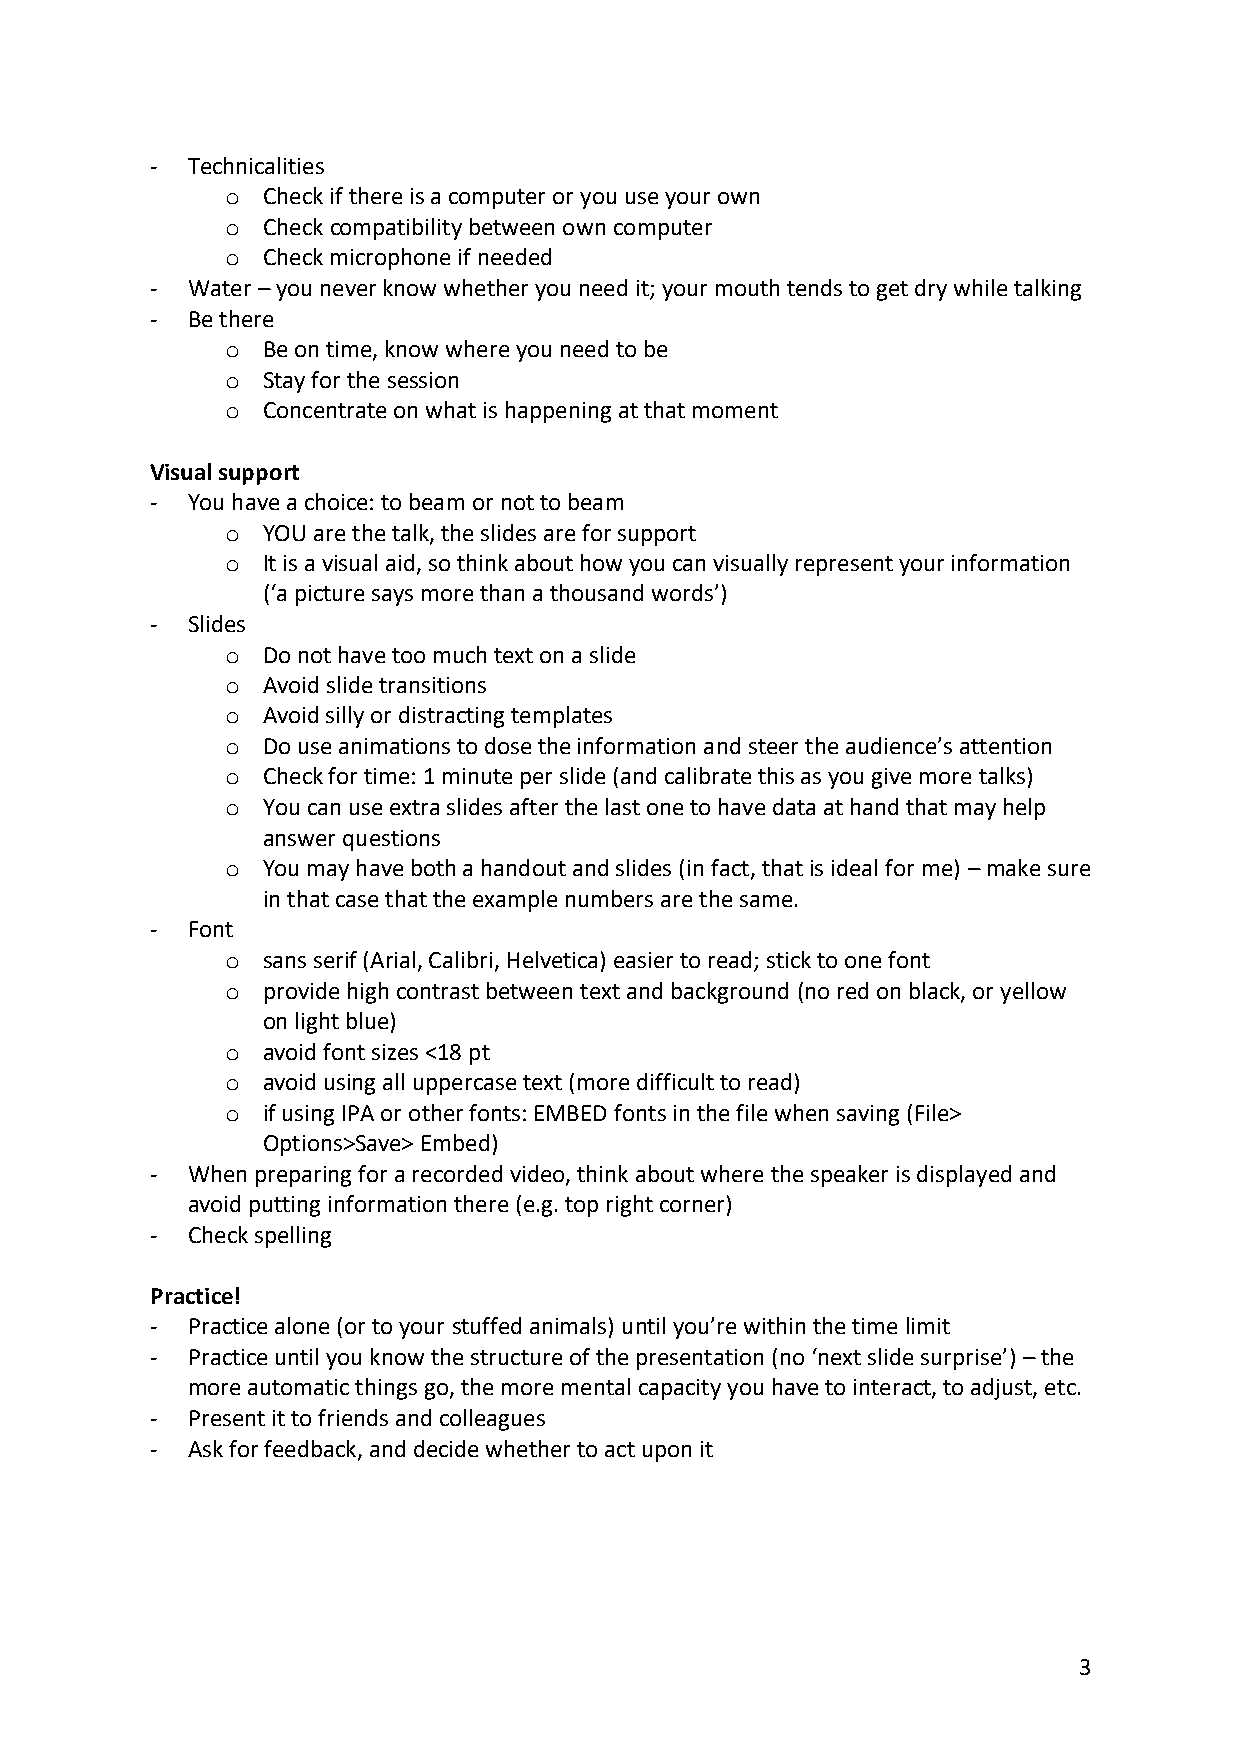
- Technicalities
 o Check if there is a computer or you use your own
 o Check compatibility between own computer
 o Check microphone if needed
 - Water – you never know whether you need it; your mouth tends to get dry while talking
 - Be there
 o Be on time, know where you need to be
 o Stay for the session
 o Concentrate on what is happening at that moment
 Visual support
 - You have a choice: to beam or not to beam
 o YOU are the talk, the slides are for support
 o It is a visual aid, so think about how you can visually represent your information
 (‘a picture says more than a thousand words’)
 - Slides
 o Do not have too much text on a slide
 o Avoid slide transitions
 o Avoid silly or distracting templates
 o Do use animations to dose the information and steer the audience’s attention
 o Check for time: 1 minute per slide (and calibrate this as you give more talks)
 o You can use extra slides after the last one to have data at hand that may help
 answer questions
 o You may have both a handout and slides (in fact, that is ideal for me) – make sure
 in that case that the example numbers are the same.
 - Font
 o sans serif (Arial, Calibri, Helvetica) easier to read; stick to one font
 o provide high contrast between text and background (no red on black, or yellow
 on light blue)
 o avoid font sizes <18 pt
 o avoid using all uppercase text (more difficult to read)
 o if using IPA or other fonts: EMBED fonts in the file when saving (File>
 Options>Save> Embed)
 - When preparing for a recorded video, think about where the speaker is displayed and
 avoid putting information there (e.g. top right corner)
 - Check spelling
 Practice!
 - Practice alone (or to your stuffed animals) until you’re within the time limit
 - Practice until you know the structure of the presentation (no ‘next slide surprise’) – the
 more automatic things go, the more mental capacity you have to interact, to adjust, etc.
 - Present it to friends and colleagues
 - Ask for feedback, and decide whether to act upon it
 3